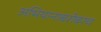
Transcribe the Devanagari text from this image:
अभियानाबरोबरच